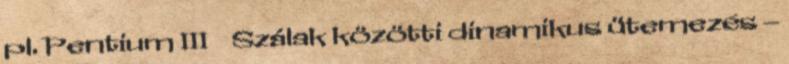
pl. Pentium III ● Szálak közötti dinamikus ütemezés –